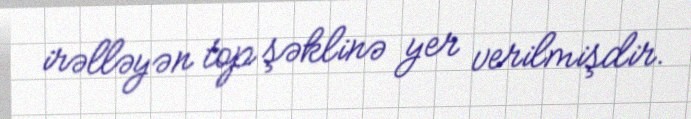
irəlləyən top şəklinə yer verilmişdir.